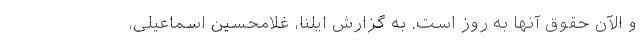
و الآن حقوق آنها به روز است. به گزارش ایلنا،‌ غلامحسین اسماعیلی،